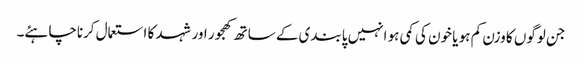
جن لوگوں کا وزن کم ہو یا خون کی کمی ہو انہیں پابندی کے ساتھ کھجور اور شہد کا استعمال کرناچاہئے۔